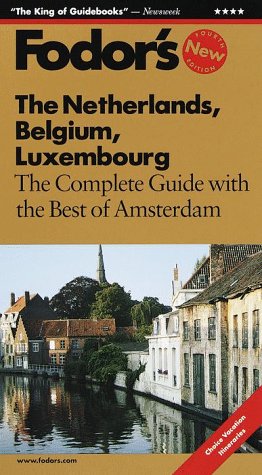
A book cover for Fodor's Netherland, Belgium, Luxembourg, 4th Edition: The Complete Guide with the Best of Amsterdam (Fodor's the Netherlands, Belgium and Luxembourg); Fodor's; Travel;